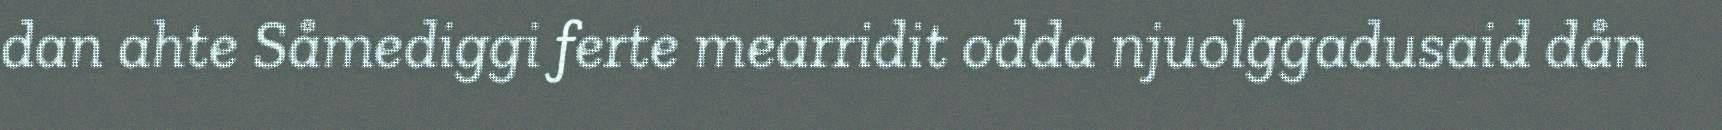
dan ahte Såmediggi ferte mearridit odda njuolggadusaid dån